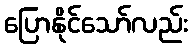
ပြောနိုင်သော်လည်း